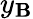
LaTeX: y_{\mathbf{B}}